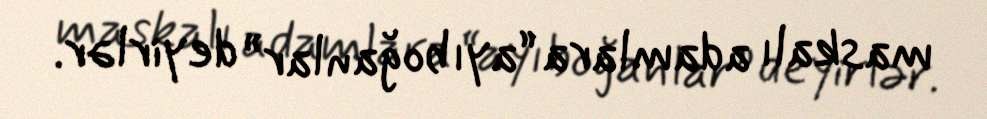
maskalı adamlara “ayıboğanlar” deyirlər.